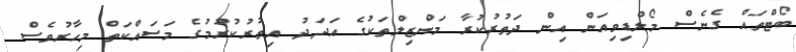
ބޯޓްތައް ގެނެސް މޯލްޑިވިއަން އިން ދަތުރުކުރާ މަންޒިލްތަކުގެ އަދަދު އިތުރުކުރުމުގެ މަސައްކަތް މިހާރުވެސް